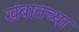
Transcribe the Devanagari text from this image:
खंबातच्या